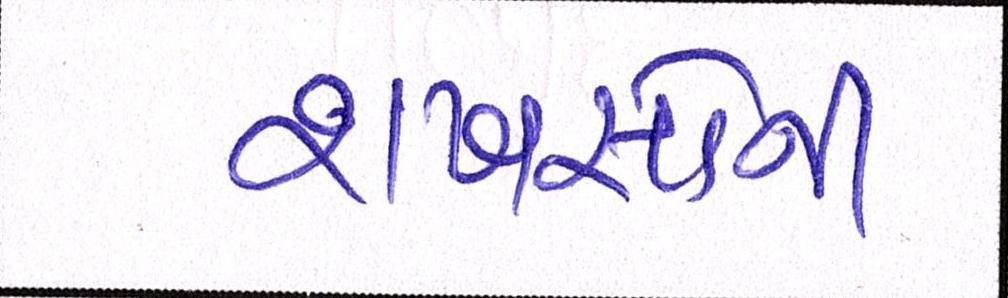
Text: શખસોની